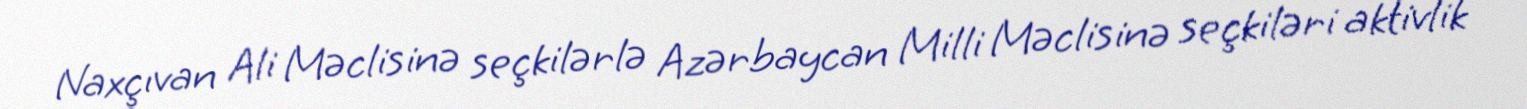
Naxçıvan Ali Məclisinə seçkilərlə Azərbaycan Milli Məclisinə seçkiləri aktivlik